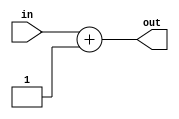
module PCPLUS(
  input[15:0] in,
  output[15:0] out
); 
  assign out=in+1;
endmodule